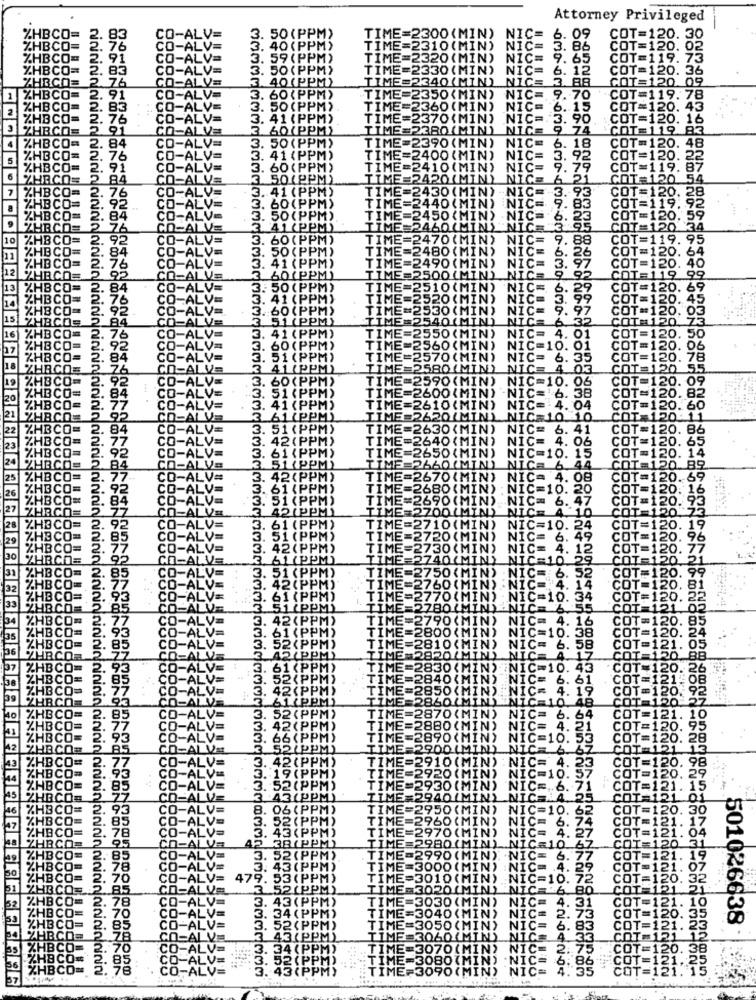
Attorney Privileged
50 (PPM
NIC=
2300 (MIN)
6. 09
COT=120. 30
40 (PPM
NIC
86
COT=120.
91
59 (PPM)
TIME=2
20 (M
9.65
COT=119 95
83
.50(PPM)
TIME=2330(MIN) NIC= 6. 12
COT=120. 36
40 (PPM)
IME=2340(MIN)
3.88
GOT=120.09
76
91
60(PPM)
TIME=2350(MIN)
NIC=
9.70
COT=119.78
83
50 (PPM)
TIME=2360 (MIN
iīC="
6. 15
COT=120. 43
76
41 (PPM)
TIME=2370(MIN)
NIC =.
3. 90
COT=120. 16
60(PPM)
TIME=2380(MIN)
NIC= 9 74
COT=119 83
50 (PPM)
TIME=2390 (MIN)
NIC=
6. 18
COT=120. 48
5
41 (1
TIME=2400 (MIN)
NIC=
92
COT=120. 22
60 (PP
TIME=2410(MIN)
ic=
79
COT=119. 87
50(PPM)
TIME =2420(MIN)
51
COT=120 54
.41
TIME=2430(MIN)
20.28
TIME=2440 (MIN)
93
119.92
TIM
2450 (MIN
.59
#2460(MIN)
NT
120
TIME=2470 (MIN)
NIC=
, 88
19.
TIME=2480 (MIN)
NIC
T=
20."
64
. 40
TIM
=2490 (MIN)
NIC=
2500 (MIN
NICE
19 99
TI
=2510 (MIN)
NIC=
20. 69
TI
520 (MIN
20.
45
TI
530 (MIN)
NIC=
120.
540 (MIN)
OT:120.
NICE 6
COT=120. 50
TI
=2550 (MIN) NIC= 4. 01
TI
2560 (MIN) NIC=10.
OT=120. 06
TI
2570 (MIN)
NIC= 6.
35
OT=120.
78
2580(MIN) NIC= 4
DT=120
55
TIME=2590(MIN) NIC=10.06
120. 09
=2600(MIN) -NIC= 6. 38
. 82
E=2610(MIN)
NIC= 4. 04
. 60
620(MIN) NIC=10 10
2630(MIN) NIC= 6. 41
CO
120. 86
640 (MIN)
2650 (MIN )
NIC= 4. 06
COT=120. 14
. 14
660 (MIN)
NIC=10. 15
NICE 6. 44
COT=120.89
2670(MIN) NIC= 4. 08
COT=120. 69
2680 (MIN)
NIC=10. 20
COT=120: 16
COT=120. 93
690 (MIN) NIC= 6. 47
ZOO(MIN) NIC= 4 10
COT=120 73
2710 (MIN)
NIC=10. 24
COT=120. 19
=2720 (MIN) NIC= 6. 49
COT
120. 96
IME:
2730 (MIN)
NIC= 4. 12
COT=120.
77
IME=2740(MIN) NIC=10 29
IME=2750(MIN
.NIC= 6. 52
TIME=2760(MIN) .NIC= 4. 14
== 2770(MIN)
NIC=10. 34
IME=2780(MIN)-NICE
1E=2790(MIN) NIC= 4. 16
E=2800(MIN)
NIC=10. 38
2810(MIN
NIC= 6. 58
RERO(MIN) NIC= 4.
830 (MIN) NIC=10. 43
=2840 (MIN) NIC=
6. 61
2850 (MIN)
īīč-
4.
IME=2860(MIN) NICE
40
IME=2870(MIN) NIC= 6.
IME=2880(MIN) NIC=
4.
TIME=2890 (MIN)
NIC=10.
TIME=2900 (MIN) NIC=
NIC= 4.
TIME=2910 (MIN)
ME=2920 (MIN)
NIC=10.
TIME=2930 (MIN) NIC =.. 6.7
18 2940(MIN) NICEL
TIME=2950(MIN) NIC=10. 62
TIME=2960 (MIN) NIC= 6.
=2970(MIN) NIC= 4. 27
ME=2980 (MIN).
NIC=10 67
3. 5.
(ME=2990 (MIN) NIC= 6.7
(PP)
ME =3000 (MIN) :NIC= 4. 25
47
010 (MIN) NIC=10. 72
1020(MIN) NIC= 6 80
030 (MIN)
NIC=
.31
3040 (MIN) NIC= 2.
501026638
1050 (MIN)
NIC= 6. 83
3060(MIN)
NICE
070 (MIN)
c= 2.
080(MIN)
Om
ME=3090(MIN)
"NIC=
2222